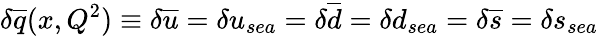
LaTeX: \delta\overline{{{q}}}(x,Q^{2})\equiv\delta\overline{{{u}}}=\delta u_{sea}=\delta\overline{{{d}}}=\delta d_{sea}=\delta\overline{{{s}}}=\delta s_{sea}